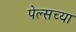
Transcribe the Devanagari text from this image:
पेल्सच्या